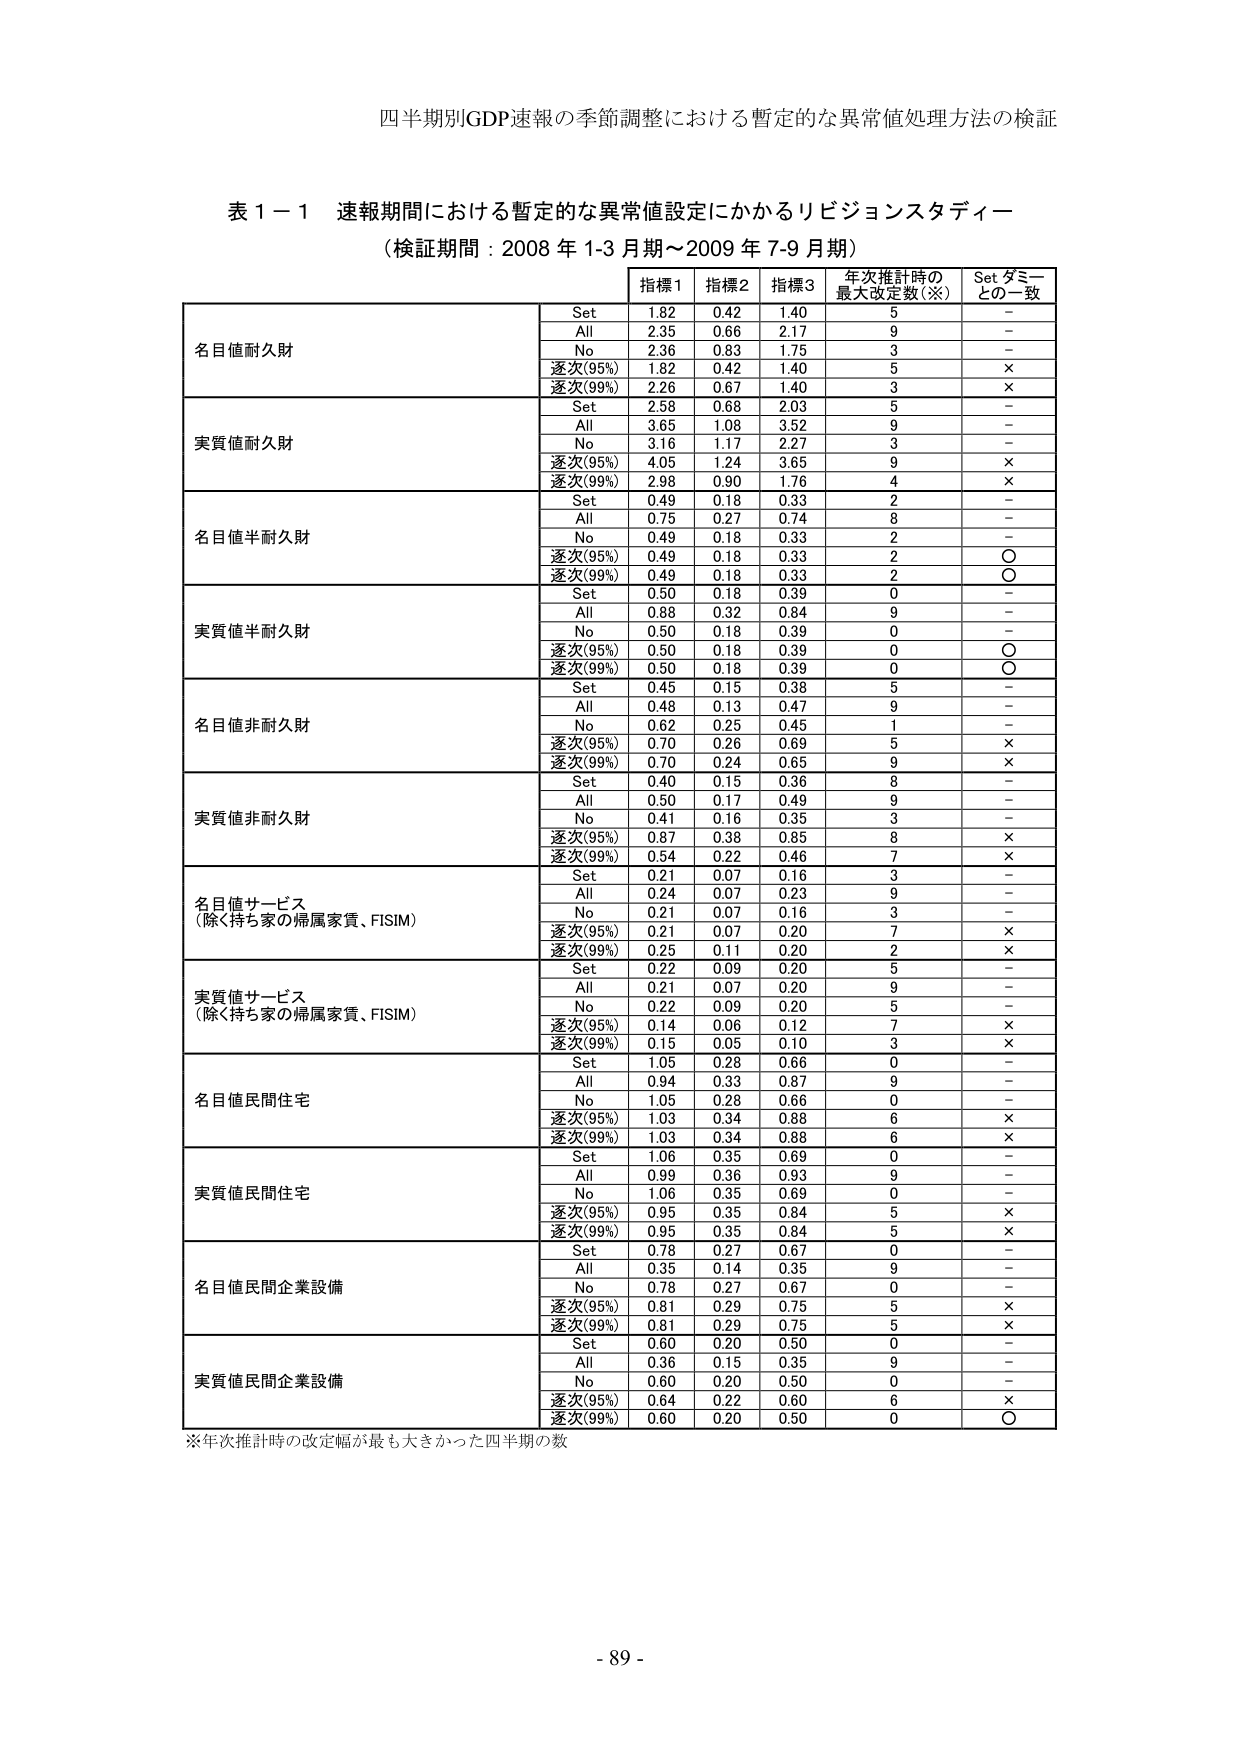
四半期別GDP速報の季節調整における暫定的な異常値処理方法の検証

表１－１ 速報期間における暫定的な異常値設定にかかるリビジョンスタディー
（検証期間：2008年1-3月期～2009年7-9月期）

指標1 指標2 指標3 年次推計時の最大改定数（※） Set ダミーとの一致

名目値耐久財
Set 1.82 0.42 1.40 5 -
All 2.35 0.66 2.17 9 -
No 2.36 0.83 1.75 3 -
逐次(95%) 1.82 0.42 1.40 5 ×
逐次(99%) 2.26 0.67 1.40 3 ×

実質値耐久財
Set 2.58 0.68 2.03 5 -
All 3.65 1.08 3.52 9 -
No 3.16 1.17 2.27 3 -
逐次(95%) 4.05 1.24 3.65 9 ×
逐次(99%) 2.98 0.90 1.76 4 ×

名目値半耐久財
Set 0.49 0.18 0.33 2 -
All 0.75 0.27 0.74 8 -
No 0.49 0.18 0.33 2 -
逐次(95%) 0.49 0.18 0.33 2 ○
逐次(99%) 0.49 0.18 0.33 2 ○

実質値半耐久財
Set 0.50 0.18 0.39 0 -
All 0.88 0.32 0.84 9 -
No 0.50 0.18 0.39 0 -
逐次(95%) 0.50 0.18 0.39 0 ○
逐次(99%) 0.50 0.18 0.39 0 ○

名目値非耐久財
Set 0.45 0.15 0.38 5 -
All 0.48 0.13 0.47 9 -
No 0.62 0.25 0.45 1 -
逐次(95%) 0.70 0.26 0.69 5 ×
逐次(99%) 0.70 0.24 0.65 9 ×

実質値非耐久財
Set 0.40 0.15 0.36 8 -
All 0.50 0.17 0.49 9 -
No 0.41 0.16 0.35 3 -
逐次(95%) 0.87 0.38 0.85 8 ×
逐次(99%) 0.54 0.22 0.46 7 ×

名目値サービス
（除く持ち家の帰属家賃、FISIM）
Set 0.21 0.07 0.16 3 -
All 0.24 0.07 0.23 9 -
No 0.21 0.07 0.16 3 -
逐次(95%) 0.21 0.07 0.20 7 ×
逐次(99%) 0.25 0.11 0.20 2 ×

実質値サービス
（除く持ち家の帰属家賃、FISIM）
Set 0.22 0.09 0.20 5 -
All 0.21 0.07 0.20 9 -
No 0.22 0.09 0.20 5 -
逐次(95%) 0.14 0.06 0.12 7 ×
逐次(99%) 0.15 0.05 0.10 3 ×

名目値民間住宅
Set 1.05 0.28 0.66 0 -
All 0.94 0.33 0.87 9 -
No 1.05 0.28 0.66 0 -
逐次(95%) 1.03 0.34 0.88 6 ×
逐次(99%) 1.03 0.34 0.88 6 ×

実質値民間住宅
Set 1.06 0.35 0.69 0 -
All 0.99 0.36 0.93 9 -
No 1.06 0.35 0.69 0 -
逐次(95%) 0.95 0.35 0.84 5 ×
逐次(99%) 0.95 0.35 0.84 5 ×

名目値民間企業設備
Set 0.78 0.27 0.67 0 -
All 0.35 0.14 0.35 9 -
No 0.78 0.27 0.67 0 -
逐次(95%) 0.81 0.29 0.75 5 ×
逐次(99%) 0.81 0.29 0.75 5 ×

実質値民間企業設備
Set 0.60 0.20 0.50 0 -
All 0.36 0.15 0.35 9 -
No 0.60 0.20 0.50 0 -
逐次(95%) 0.64 0.22 0.60 6 ×
逐次(99%) 0.60 0.20 0.50 0 ○

※年次推計時の改定幅が最も大きかった四半期の数

- 89 -